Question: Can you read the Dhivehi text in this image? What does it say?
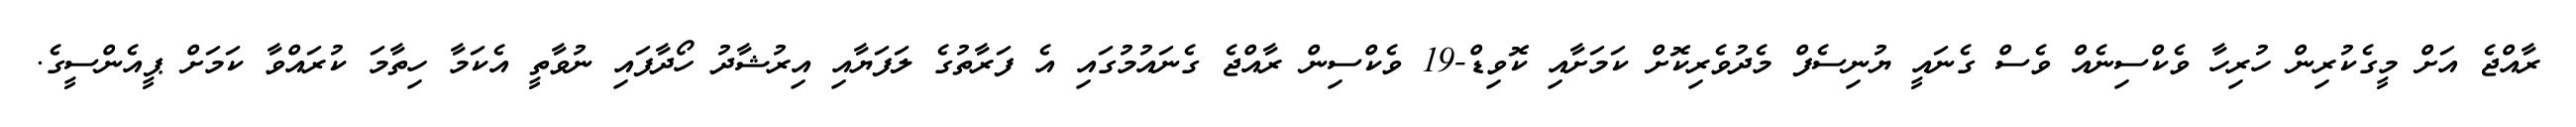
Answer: ރާއްޖެ އަށް މީގެކުރިން ހުރިހާ ވެކްސިނެއް ވެސް ގެނައީ ޔުނިސެފް މެދުވެރިކޮށް ކަމަށާއި ކޮވިޑް-19 ވެކްސިން ރާއްޖެ ގެނައުމުގައި އެ ފަރާތުގެ ލަފަޔާއި އިރުޝާދު ހޯދާފައި ނުވާތީ އެކަމާ ހިތާމަ ކުރައްވާ ކަމަށް ޕީއެންސީގެ.